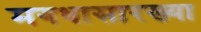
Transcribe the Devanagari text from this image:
मगधासारख्या